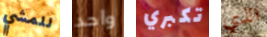
للمشي واحد تكبري الذي